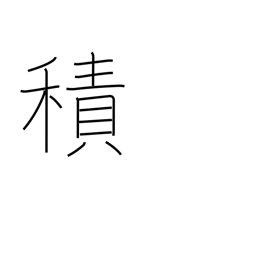
Meaning: load